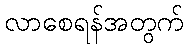
လာစေရန်အတွက်